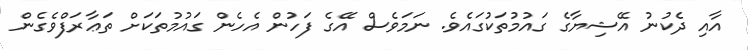
އާއި ދެކުނު އޭޝިޔާގެ ގައުމުތަކުގައެވެ. ނަމަވެސް އޭގެ ފަހުން އެހެން ގައުމުތަކަށް ތަޢާރަފްވެގެން